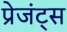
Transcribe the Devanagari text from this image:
प्रेजंट्स